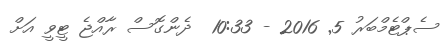
ސެޕްޓެމްބަރު 5